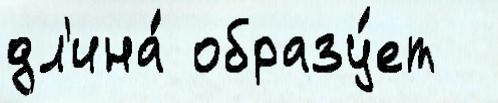
дл'ина́ образу́ет